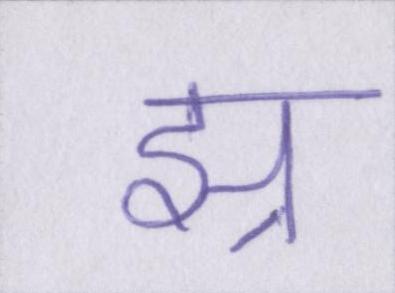
झ्र